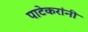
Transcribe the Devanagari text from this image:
पाटेकरांनी